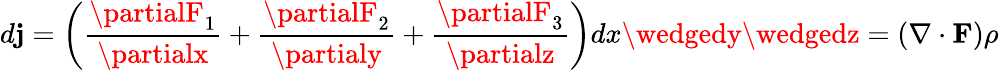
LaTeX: d\mathbf{j}=\left({\frac{{\partialF_{1}}}{{\partialx}}}+{\frac{{\partialF_{2}}}{{\partialy}}}+{\frac{{\partialF_{3}}}{{\partialz}}}\right)dx\wedgedy\wedgedz=(\nabla\cdot{\mathbf{{F}}})\rho